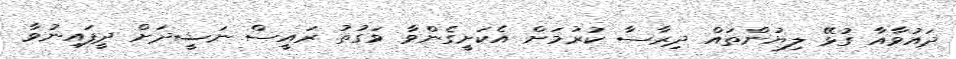
ދައުވާއާ ގުޅޭ ލިޔުންތައް ދިރާސާ ކުރުމަށް އެކަށީގެންވާ ވަގުތު ރައީސް ނަޝީދަށް ދީފައިނުވާ